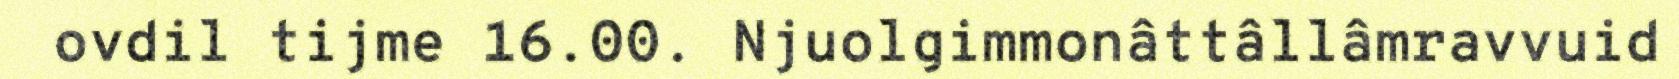
ovdil tijme 16.00. Njuolgimmonâttâllâmravvuid